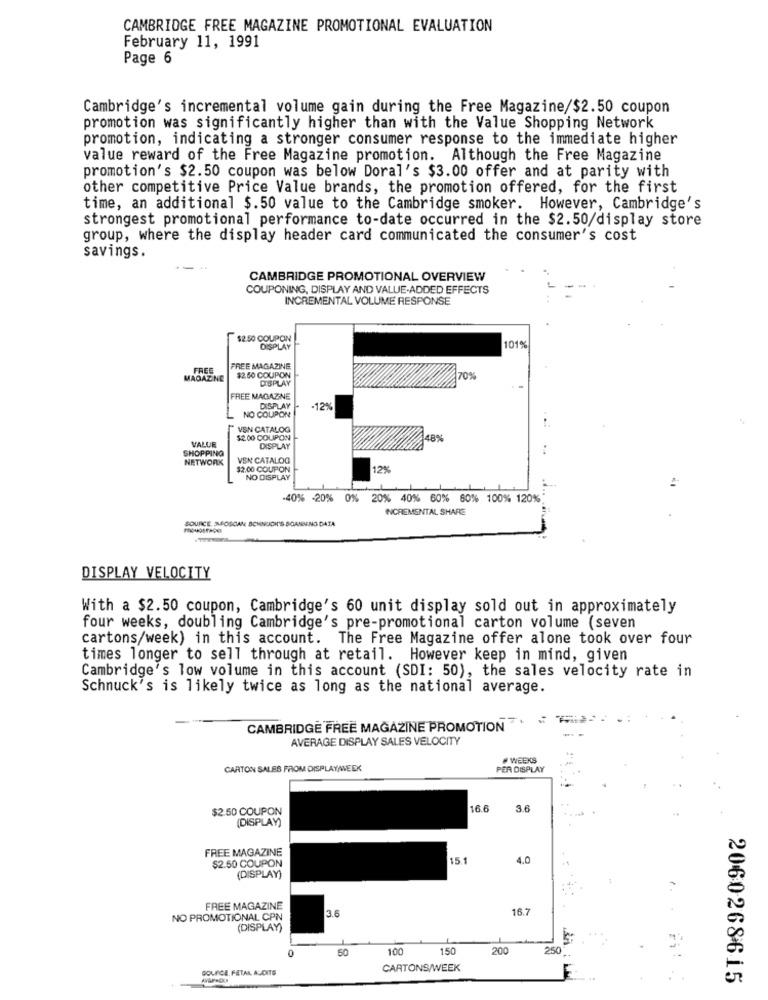
CAMBRIDGE FREE MAGAZINE PROMOTIONAL EVALUATION
February 11, 1991
Page 6
Cambridge's incremental volume gain during the Free Magazine/$2.50 coupon
promotion was significantly higher than with the Value Shopping Network
promotion, indicating a stronger consumer response to the immediate higher
value reward of the Free Magazine promotion. Although the Free Magazine
promotion's $2.50 coupon was below Doral's $3.00 offer and at parity with
other competitive Price Value brands, the promotion offered, for the first
time, an additional $.50 value to the Cambridge smoker. However, Cambridge's
strongest promotional performance to-date occurred in the $2.50/display store
group, where the display header card communicated the consumer's cost
savings.
CAMBRIDGE PROMOTIONAL OVERVIEW
COUPONING, DISPLAY AND VALUE-ADDED EFFECTS
INCREMENTAL VOLUME RESPONSE
$2.50 COUPON
DISPLAY
101%
FREE
FREE MAGAZINE
MAGAZINE
$2. 50 COUPON
DISPLAY
70%
FREE MAGAZINE
NO COUPON
DISPLAY
12%
VEN CATALOG
VALUE
$2.00 COUPON
48%
SHOPPING
DISPLAY
NETWORK
VSN CATALOG
$2.00 COUPON
12%
NO DISPLAY
:
-40% -20% 0%
20% 40% 60% 80% 100% 120%
INCREMENTAL SHARE
SOURCE, SOSCAN SCHNUOIT'S BOANVING DATA
DISPLAY VELOCITY
With a $2.50 coupon, Cambridge's 60 unit display sold out in approximately
four weeks, doubling Cambridge's pre-promotional carton volume (seven
cartons/week) in this account. The Free Magazine offer alone took over four
times longer to sell through at retail. However keep in mind, given
Cambridge's low volume in this account (SDI: 50), the sales velocity rate in
Schnuck's is likely twice as long as the national average.
CAMBRIDGE FREE MAGAZINE PROMOTION
AVERAGE DISPLAY SALES VELOCITY
# WEEKS
CARTON SALES FROM DISPLAY/WEEK
PER DISPLAY
$2.50 COUPON
16.6
3.6
(DISPLAY)
FREE MAGAZINE
$2.50 COUPON
15.1
4.0
(DISPLAY)
FREE MAGAZINE
3.6
16.7
NO PROMOTIONAL CPN
(DISPLAY)
50
100
150
200
250
SOLICE, FETAL ACONTE
CARTONS/WEEK
2060268615